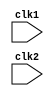
module pipelined_mips32_processor (
    clk1, clk2
    );
    input clk1, clk2;  //Two clock phases
    reg [31:0] PC;
    //PC = Program Counter

    reg [31:0] IF_ID_IR, IF_ID_NPC;
    //IF_ID_IR = Instruction register in the latch between IR and ID
    //IF_ID_NPC = New Program Counter between IF and ID
    
    reg [31:0] ID_EX_IR, ID_EX_A, ID_EX_B, ID_EX_Imm, ID_EX_NPC;
    //ID_EX_IR = Instruction register in the latch between ID and EX
    //ID_EX_A = stores value of rs
    //ID_EX_B = stores value of rt
    //ID_EX_Imm = Immediate value(sign extended to make it 32 bit)
    //ID_EX_NPC = New Program Counter between ID and EX

    reg [31:0] EX_MEM_IR, EX_MEM_ALUOut, EX_MEM_B;
    reg EX_MEM_BEQ_Cond;
    //EX_MEM_IR = Instruction register in the latchc between EX and MEM
    //EX_MEM_ALUOut = Store Output of Execution(ALU Unit Output)
    //EX_MEM_B = For store operation
    //EX_MEM_BEQ_Cond = Output to BEQ Condition

    reg [31:0] MEM_WB_IR, MEM_WB_ALUOut, MEM_WB_LMD;
    //MEM_WB_IR = Instruction register in the latch between MEM and WB
    //MEM_WB_ALUOut = Contains output of execution
    //MEM_WB_LMD = For load operation

    reg [2:0] ID_EX_TYPE, EX_MEM_TYPE, MEM_WB_TYPE;

    reg[31:0] Reg[0:31]; //32 reigsters of 32 bit
    reg[31:0] Mem[0:1023]; //(32x1024) bits memory = 4Kb memory


    //Opcodes
    parameter
    ADD = 6'b000000,    //rd = rs + rt
    SUB = 6'b000001,    //rd = rs - rt
    MUL = 6'b000010,    //rd = rs * rt
    DIV = 6'b000011,    //rd = rs / rt
    SLT = 6'b000100,    //rd = rs < rt


    AND = 6'b000101,    //rd = rs & rt
    OR  = 6'b000110,    //rd = rs | rt
    SLL = 6'b000111,    //rd = rt << rs
    SRL = 6'b001000,    //rd = rt >> rs

    ADDI = 6'b001001,   //rt = rs + Imm
    SUBI = 6'b001010,   //rt = rs - Imm
    MULI = 6'b001011,   //rt = rs * Imm
    DIVI = 6'b001100,   //rt = rs / Imm
    SLTI = 6'b001101,   //rt = rs < Imm

    BEQ = 6'b001110,    //if(rs==rt) pc+=offset
    
    LW = 6'b010001,     //rt = *(int*)(offset+rs)
    SW = 6'b010010,     //*(int*)(offset+rs) = rt

    HLT = 6'b111111,    //HALT System
    
    //Instruction Type
    RR_ALU = 3'b000,
    RM_ALU = 3'b001,
    LOAD   = 3'b010,
    STORE  = 3'b011,
    BRANCH = 3'b100,
    HALT   = 3'b111;

    reg HALTED;         //if(HLT detected) HALTED=1

    reg TAKEN_BRANCH;   //if(BRANCH detected) TAKEN_BRANCH=l

    //IF Stage
    always @(posedge clk1)
    begin
        if(HALTED==0)
        begin
            if(EX_MEM_IR[31:26]==BEQ && EX_MEM_BEQ_Cond==1)
            begin
                IF_ID_IR <= #2 Mem[EX_MEM_ALUOut];
                IF_ID_NPC <= #2 EX_MEM_ALUOut + 1;
                PC <= #2 EX_MEM_ALUOut + 1;            //Inccreasing program counter by one
                TAKEN_BRANCH <= #2 1'b1;
            end
            else
            begin
                IF_ID_IR <= #2 Mem[PC];
                IF_ID_NPC <= #2 PC + 1;
                PC <= #2 PC + 1;            //Inccreasing program counter by one
            end
        end
    end

    //ID Stage
    always @(posedge clk2)
    begin
        if(HALTED==0)
            begin
                //rs
                if(IF_ID_IR[25:21]==5'b00000)
                    begin
                        ID_EX_A <= 5'b00000;                        
                    end
                else
                    begin
                        ID_EX_A <= #2 Reg[IF_ID_IR[25:21]];
                    end
                //rt
                if(IF_ID_IR[20:16]==5'b00000)
                    begin
                        ID_EX_B <= 5'b00000;
                    end
                else
                    begin
                        ID_EX_B <= #2 Reg[IF_ID_IR[20:16]];
                    end

                case (IF_ID_IR[31:26])
                    ADD, SUB, MUL, DIV, SLT, AND, OR, SLL, SRL: 
                        ID_EX_TYPE <= #2 RR_ALU;
                    ADDI, SUBI, MULI, DIVI, SLTI:
                        ID_EX_TYPE <= #2 RM_ALU;
                    BEQ:
                        ID_EX_TYPE <= #2 BRANCH;
                    LW:
                        ID_EX_TYPE <= #2 LOAD;
                    SW:
                        ID_EX_TYPE <= #2 STORE;
                    HLT:
                        ID_EX_TYPE <= #2 HALT;
                    default:
                        ID_EX_TYPE <= #2 HALT;
                endcase

                ID_EX_IR <= #2 IF_ID_IR;
                ID_EX_NPC <= #2 IF_ID_NPC;
                ID_EX_Imm <= #2 {{16{IF_ID_IR[15]}}, {IF_ID_IR[15:0]}};
            end
    end

    //EX Stage
    always @(posedge clk1)
    begin
        if(HALTED==0)
        begin
            EX_MEM_IR <= #2 ID_EX_IR;
            EX_MEM_TYPE <= #2 ID_EX_TYPE;
            TAKEN_BRANCH <= #2 1'b0;
            case(ID_EX_TYPE)
                RR_ALU:
                    begin
                        case(ID_EX_IR[31:26])
                            ADD:
                                EX_MEM_ALUOut <= #2 ID_EX_A + ID_EX_B;
                            SUB:
                                EX_MEM_ALUOut <= #2 ID_EX_A - ID_EX_B;
                            MUL:
                                EX_MEM_ALUOut <= #2 ID_EX_A * ID_EX_B;
                            DIV:
                                EX_MEM_ALUOut <= #2 ID_EX_A / ID_EX_B;
                            SLT:
                                EX_MEM_ALUOut <= #2 ID_EX_A < ID_EX_B;
                            AND:
                                EX_MEM_ALUOut <= #2 ID_EX_A & ID_EX_B;
                            OR:
                                EX_MEM_ALUOut <= #2 ID_EX_A | ID_EX_B;
                            SLL:
                                EX_MEM_ALUOut <= #2 ID_EX_B << ID_EX_A;
                            SRL:
                                EX_MEM_ALUOut <= #2 ID_EX_B >> ID_EX_A;
                        endcase
                    end
                RM_ALU:
                    begin
                        case(ID_EX_IR[31:26])
                            ADDI:
                                EX_MEM_ALUOut <= #2 ID_EX_A + ID_EX_Imm;
                            SUBI:
                                EX_MEM_ALUOut <= #2 ID_EX_A - ID_EX_Imm;
                            MULI:
                                EX_MEM_ALUOut <= #2 ID_EX_A * ID_EX_Imm;
                            DIVI:
                                EX_MEM_ALUOut <= #2 ID_EX_A / ID_EX_Imm;
                            SLTI:
                                EX_MEM_ALUOut <= #2 ID_EX_A < ID_EX_Imm;
                        endcase
                    end
                BRANCH:
                    begin
                        if(ID_EX_IR[31:26]==BEQ)
                        begin
                            EX_MEM_ALUOut <= #2 ID_EX_NPC + ID_EX_Imm;
                            EX_MEM_BEQ_Cond <= (ID_EX_A == ID_EX_B);
                        end
                    end
                LOAD, STORE:
                    begin
                        EX_MEM_ALUOut <= #2 ID_EX_A + ID_EX_Imm;
                        EX_MEM_B <= #2 ID_EX_B;
                    end
            endcase
        end
    end

    //MEM Stage
    always @(posedge clk2)
    begin
        if(HALTED==0)
        begin
            MEM_WB_TYPE <= #2 EX_MEM_TYPE;
            MEM_WB_IR <= #2 EX_MEM_IR;
            case(EX_MEM_TYPE)
                RR_ALU, RM_ALU:
                    MEM_WB_ALUOut <= #2 EX_MEM_ALUOut;
                LOAD:
                    MEM_WB_LMD <= #2 Mem[EX_MEM_ALUOut];
                STORE:
                begin
                    if(TAKEN_BRANCH == 0)    //Disbale writing
                        begin                            
                            Mem[EX_MEM_ALUOut] <= #2 EX_MEM_B;      //Writing in Memory                                
                        end
                end
            endcase
        end    
    end

    //WB Stage
    always @(posedge clk1)
    begin
        if(TAKEN_BRANCH==0)
        begin
            case(MEM_WB_TYPE)
                RR_ALU:
                    Reg[MEM_WB_IR[15:11]] <= #2 MEM_WB_ALUOut;  //In rd
                RM_ALU:
                    Reg[MEM_WB_IR[20:16]] <= #2 MEM_WB_ALUOut;  //In rt
                LOAD:
                    Reg[MEM_WB_IR[20:16]] <= #2 MEM_WB_LMD;     //In rt
                HALT:
                    HALTED <= #2 1'b1;
            endcase
        end
    end
endmodule